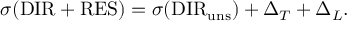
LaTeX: \sigma ( { \mathrm { D I R } } + { \mathrm { R E S } } ) = \sigma ( { \mathrm { D I R } _ { \mathrm { u n s } } } ) + \Delta _ { T } + \Delta _ { L } .